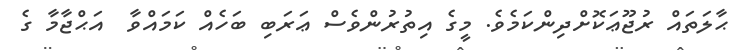
ޙާލަތައް ރުޖޫޢަކޮށްދިންކަމެވެ. މީގެ އިތުރުންވެސް ޢަރަބި ބަހެއް ކަމައްވާ  އަޙްޖާމާ ގެ